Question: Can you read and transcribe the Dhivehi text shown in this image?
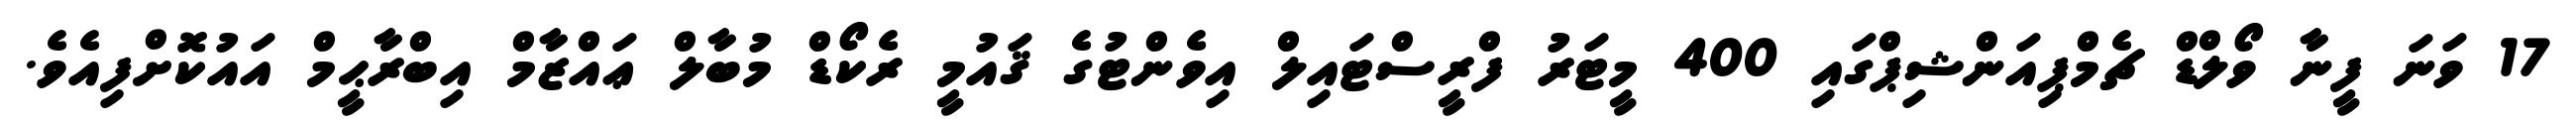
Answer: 17 ވަނަ ފީނާ ވޯލްޑް ޗެމްޕިއަންޝިޕްގައި 400 މީޓަރު ފްރީސްޓައިލް އިވެންޓުގެ ޤައުމީ ރެކޯޑް މުބާލް ޢައްޒާމް އިބްރާޙީމް އައުކޮށްފިއެވެ.